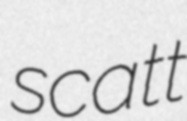
scatt